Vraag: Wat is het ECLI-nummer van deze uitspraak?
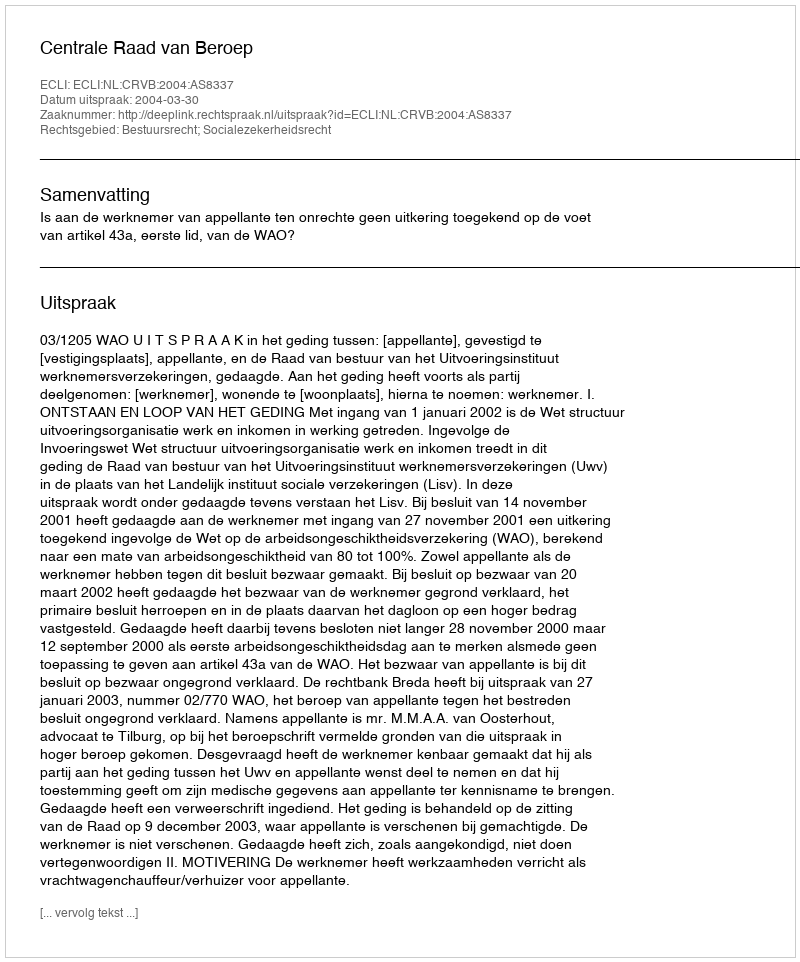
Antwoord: ECLI:NL:CRVB:2004:AS8337